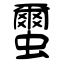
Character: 蠒